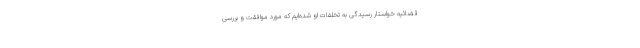
قضائیه خواستار رسیدگی به تخلفات او شده‌ایم که مورد موافقت و بررسی